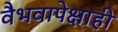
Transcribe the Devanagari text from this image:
वैभवापेक्षाही